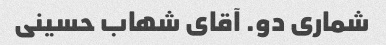
شماری دو. آقای شهاب حسینی